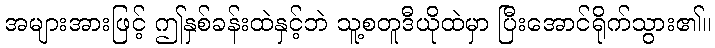
အများအားဖြင့် ဤနှစ်ခန်းထဲနှင့်ဘဲ သူ့စတူဒီယိုထဲမှာ ပြီးအောင်ရိုက်သွား၏။